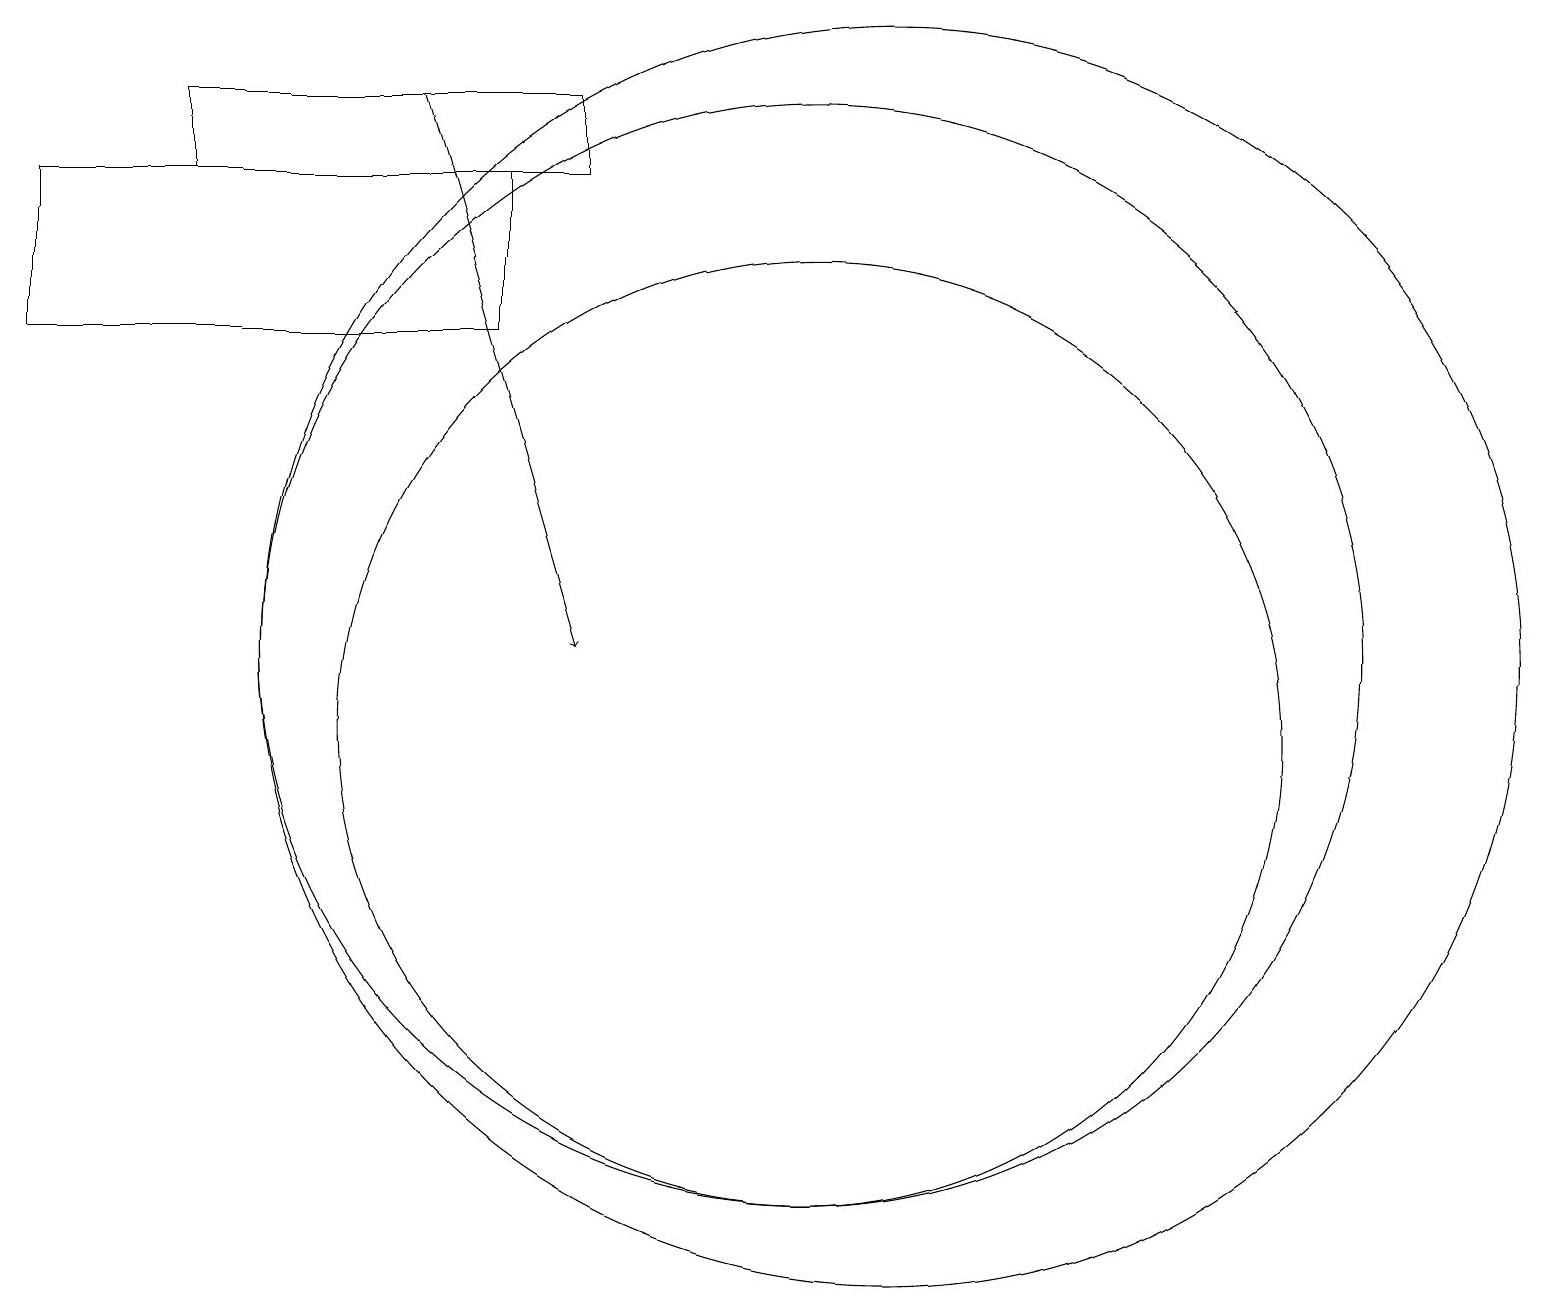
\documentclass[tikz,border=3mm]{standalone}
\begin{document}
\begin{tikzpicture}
\draw (11,11) circle (8);
\draw (10,11) circle (7);
\draw (10,10) circle (6);
\draw (2,18) rectangle (7,17);
\draw[->] (5,18) -- (7,11);
\draw (6,15) rectangle (0,17);
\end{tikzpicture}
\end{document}